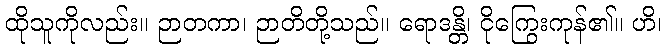
ထိုသူကိုလည်း။ ဉာတကာ၊ ဉာတိတို့သည်။ ရောဒန္တိ၊ ငိုကြွေးကုန်၏။ ဟိ၊